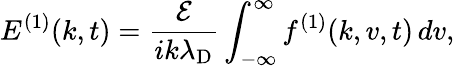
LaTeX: E^{(1)}(k,t)=\frac{\mathcal{E}}{ik\lambda_{\mathrm{D}}}\int_{-\infty}^{\infty}f^{(1)}(k,v,t)\, dv,